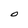
Character: 0